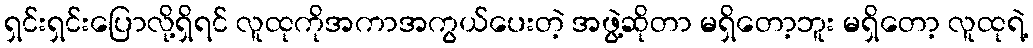
ရှင်းရှင်းပြောလို့ရှိရင် လူထုကိုအကာအကွယ်ပေးတဲ့ အဖွဲ့ဆိုတာ မရှိတော့ဘူး မရှိတော့ လူထုရဲ့